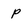
Character: p